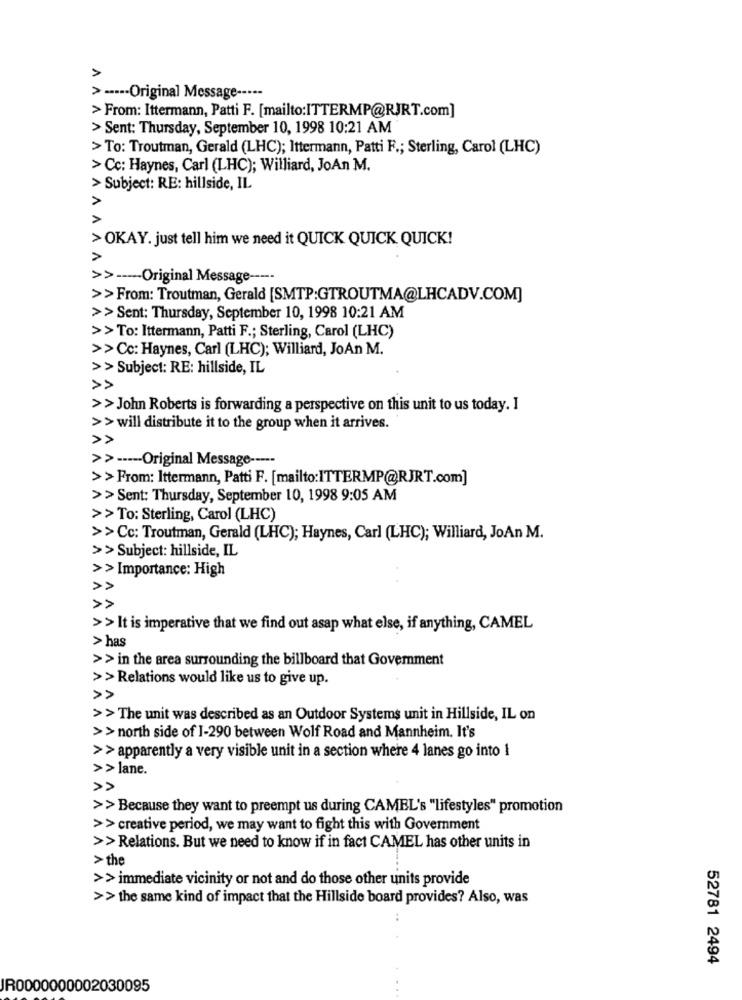
A
> ----- Original Message -----
> From: Ittermann, Patti F. [mailto:ITTERMP@RJRT.com]
> Sent: Thursday, September 10, 1998 10:21 AM
> To: Troutman, Gerald (LHC); Ittermann, Patti F .; Sterling, Carol (LHC)
> Cc: Haynes, Carl (LHC); Williard, JoAn M.
> Subject: RE: hillside, IL
>
A
>OKAY. just tell him we need it QUICK QUICK QUICK!
>
>> ----- Original Message -----
>> From: Troutman, Gerald [SMTP:GTROUTMA@LHCADV.COM]
>> Sent: Thursday, September 10, 1998 10:21 AM
>>To: Ittermann, Patti F .; Sterling, Carol (LHC)
>>Cc: Haynes, Carl (LHC); Williard, JoAn M.
>> Subject: RE: hillside, IL
>> John Roberts is forwarding a perspective on this unit to us today. I
>> will distribute it to the group when it arrives.
>> ----- Original Message -----
>> From: Ittermann, Patti F. [mailto:ITTERMP@RJRT.com]
>> Sent: Thursday, September 10, 1998 9:05 AM
>>To: Sterling, Carol (LHC)
>>Cc: Troutman, Gerald (LHC); Haynes, Carl (LHC); Williard, JoAn M.
>> Subject: hillside, IL
>> Importance: High
>> It is imperative that we find out asap what else, if anything, CAMEL
> has
>> in the area surrounding the billboard that Government
>> Relations would like us to give up.
>> The unit was described as an Outdoor Systems unit in Hillside, IL on
>> north side of 1-290 between Wolf Road and Mannheim. It's
>> apparently a very visible unit in a section where 4 lanes go into 1
>> lane.
>> Because they want to preempt us during CAMEL's "lifestyles" promotion
>> creative period, we may want to fight this with Government
>> Relations. But we need to know if in fact CAMEL has other units in
> the
>> immediate vicinity or not and do those other units provide
>> the same kind of impact that the Hillside board provides? Also, was
52781 2494
JR0000000002030095